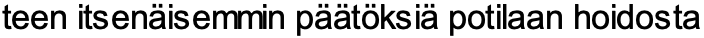
teen itsenäisemmin päätöksiä potilaan hoidosta